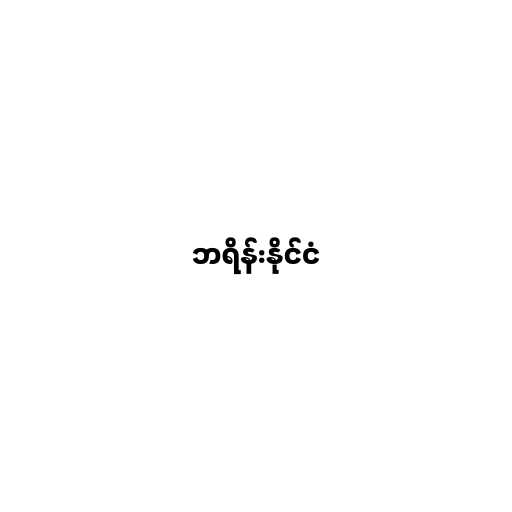
ဘရိန်းနိုင်ငံ